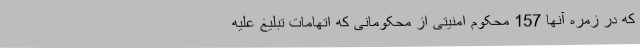
که در زمره آنها 157 محکوم امنیتی از محکومانی که اتهامات تبلیغ علیه